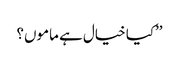
’’کیا خیال ہے ماموں؟